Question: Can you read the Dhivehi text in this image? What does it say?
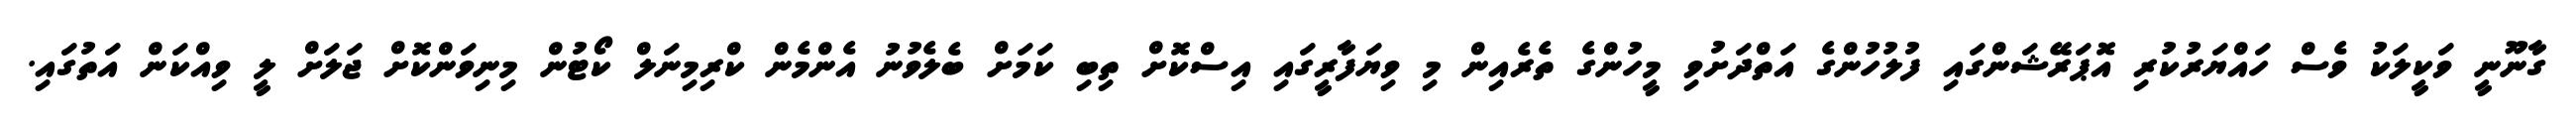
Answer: ގާނޫނީ ވަކީލަކު ވެސް ހައްޔަރުކުރި އޮޕަރޭޝަންގައި ފުލުހުންގެ އަތްދަށުވި މީހުންގެ ތެރެއިން މި ވިޔަފާރީގައި އިސްކޮށް ތިބި ކަމަށް ބެލެވުނު އެންމެން ކްރިމިނަލް ކޯޓުން މިނިވަންކޮށް ޖަލަށް ލީ ވިއްކަން އަތުގައި.